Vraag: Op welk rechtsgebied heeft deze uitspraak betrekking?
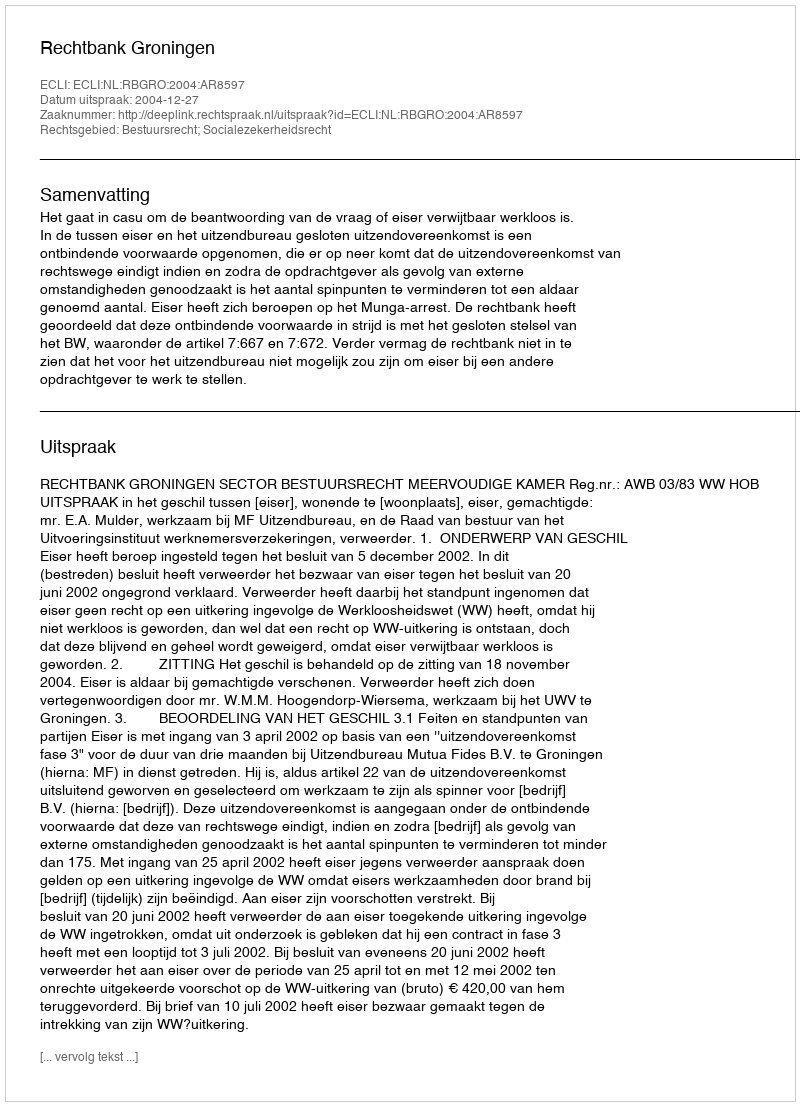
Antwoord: Bestuursrecht; Socialezekerheidsrecht